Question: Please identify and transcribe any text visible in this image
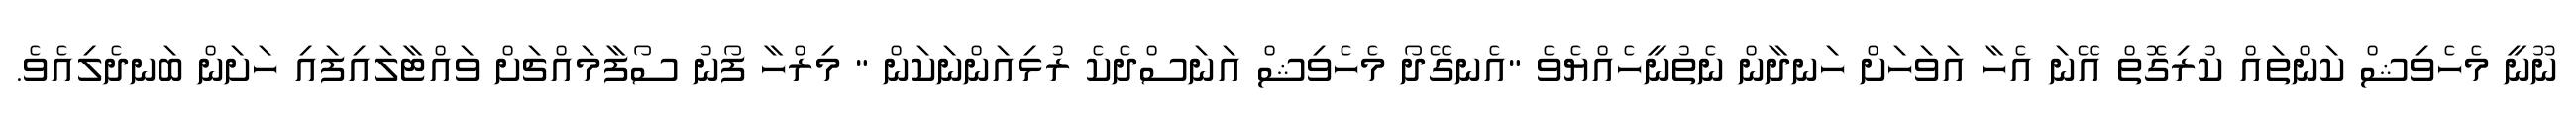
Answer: ނޫނީ މެހެވިޝް ކަންތައް ކުރިގޮތް އޭނަ އެހާ އަވަހަށް ހަނދާން ނެތުނީހެއްޔެވެ "އެނގޭދޯ މެހެވިޝް އަނަސްދެކެ ރުޅިއަންނަކަން " މިރްހާ ފޯނު ސޯފާމައްޗަށް ވައްޓާލައިފައި ހަށަން ބަނދެލިއެވެ.